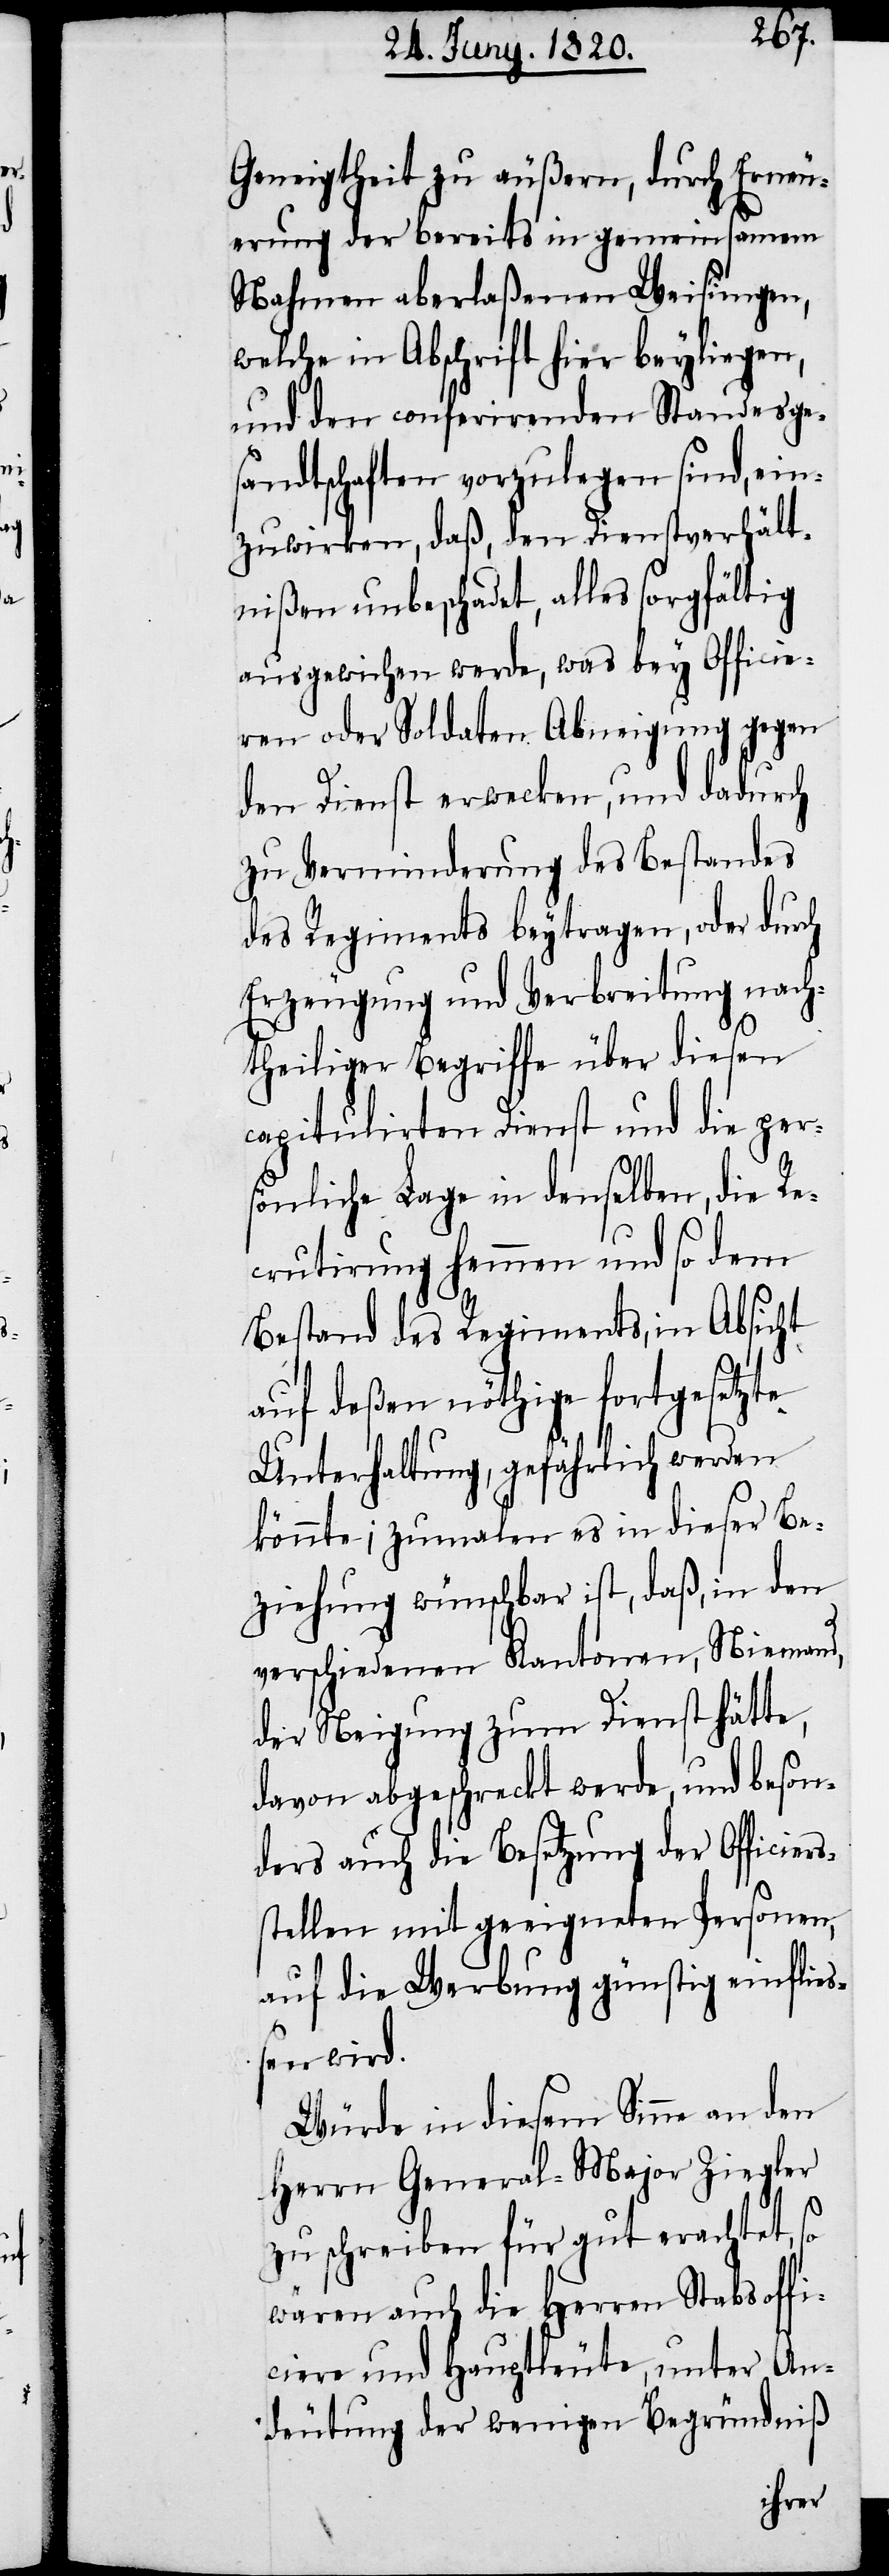
Geneigtheit zu äußern, durch Erneu¬
erung der bereits in gemeinsamen
Nahmen aberlaßenen Weisungen,
welche in Abschrift hier beyliegen,
und den conferirenden Standesg¬
sandtschaften vorzulegen sind, ein¬
zuwirken, daß, den Dienstverhält¬
nißen unbeschadet, alles sorgfältig
ausgewichen werde, was bey Officie¬
ren oder Soldaten Abneigung gegen
den Dienst erwecken, und dadurch
zu Verminderung des Bestandes
des Regiments beytragen, oder durch
Erzeugung und Verbreitung nach¬
theiliger Begriffe über diesen
capitulirten Dienst und die per¬
sönliche Lage in denselben, die Re¬
crutirung hemmen und so dem
Bestand des Regiments, in Absicht
auf deßen nöthige fortgesetzte
Unterhaltung, gefährlich werden
könnte; zumalen es in dieser Be¬
ziehung wünschbar ist, daß in den
verschiedenen Kantonen, niemand,
der Neigung zum Dienst hätte,
davon abgeschreckt werde, und beson¬
ders auch die Besetzung der Officiers¬
stellen mit geeigneten Personen,
auf die Werbung günstig einflies¬
sen wird.
Würde in diesem Sinne an den
Herrn General-Major Ziegler
zu schreiben für gut erachtet, so
wären auch die Herren Stabsoffi¬
ciere und Hauptleute, unter An¬
deutung der wenigen Begründniß